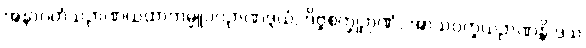
အနာဂတံသဉာဏယထာကမ္မူပဂဉာဏဒွယံ, ဒိဗ္ဗစက္ခုဉာဏံ, အာသဝက္ခယဉာဏန္တိ ဒသ